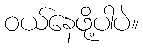
ဝယ်နေဖို့ပါပဲ။